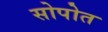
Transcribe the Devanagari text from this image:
सोपोत